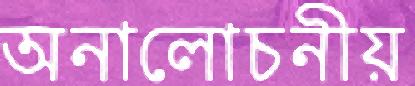
অনালোচনীয়